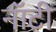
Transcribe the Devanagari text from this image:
नॉटी